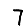
Digit: 7